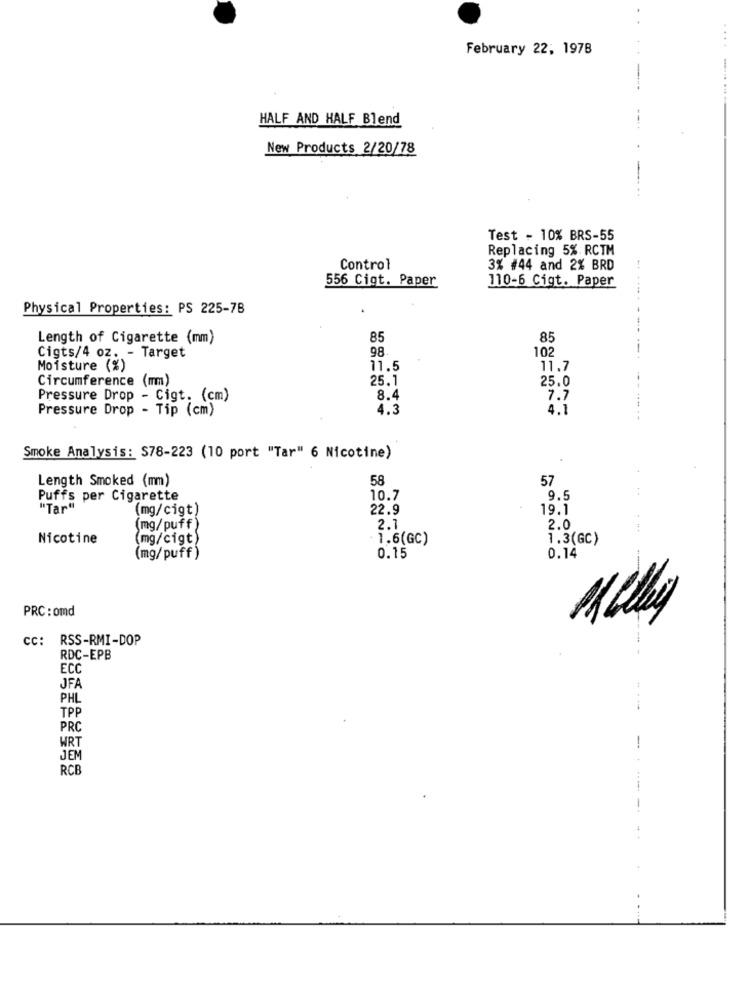
February 22, 1978
....
HALF AND HALF Blend
New Products 2/20/78
Test - 10% BRS-55
Replacing 5%. RCTM
Control
3% #44 and 2% BRD
556 Cigt. Paper
110-6 Cigt. Paper
Physical Properties: PS 225-78
Length of Cigarette (mm)
85
85
98
102
Cigts/4 oz. - Target
Moisture (%)
11.5
11.7
Circumference (mm)
25.1
25.0
Pressure Drop - Cigt. (cm)
8.4
7.7
Pressure Drop - Tip (cm)
4.3
4.1
----------------
Smoke Analysis: S78-223 (10 port "Tar" 6 Nicotine)
Length Smoked (mm)
58
57
Puffs per Cigarette
10.7
9.5
"Tar"
(mg/cigt)
22.9
19.1
(mg/puff)
2.1
2.0
Nicotine
(mg/cigt)
1.6(GC)
1.3(GC)
(mg/puff)
0.15
0.14
--
PRC : omd
cc: RSS-RMI-DOP
RDC-EPB
ECC
JFA
PHL
TPP
PRC
WRT
-
JEM
RCE